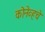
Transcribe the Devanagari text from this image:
कोनेव्हचे